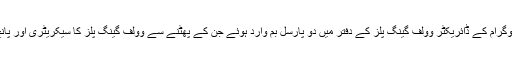
نومبر ۱۹۶۲ء میں میزائل پروگرام کے ڈائریکٹر وولف گینگ پلز کے دفتر میں دو پارسل بم وارد ہوئے جن کے پھٹنے سے وولف گینگ پلز کا سیکریٹری اور پانچ مصری ورکر مارے گئے۔